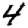
Digit: 4